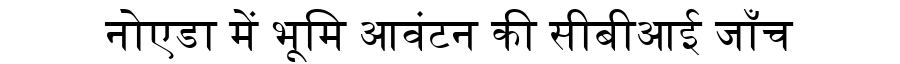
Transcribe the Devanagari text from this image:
नोएडा में भूमि आवंटन की सीबीआई जाँच